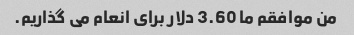
من موافقم ما 3.60 دلار برای انعام می گذاریم.